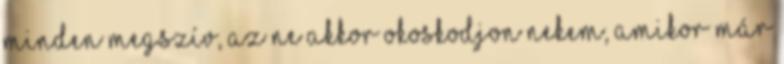
minden megszív, az ne akkor okoskodjon nekem, amikor már